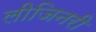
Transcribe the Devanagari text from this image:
लीजिनरी